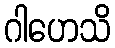
ဂါဟေသိ